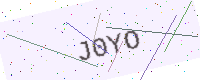
Text: J0YO